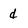
Character: d